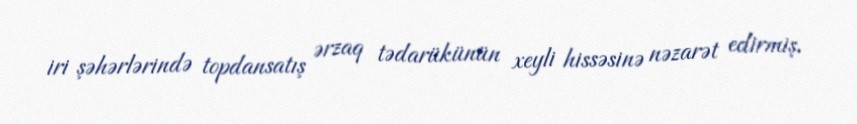
iri şəhərlərində topdansatış ərzaq tədarükünün xeyli hissəsinə nəzarət edirmiş.